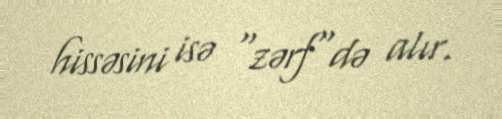
hissəsini isə "zərf"də alır.